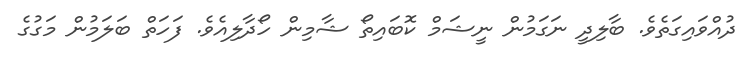
ދުއްވައިގަަތެވެ. ބާލިދީ ނަގަމުން ނީޝަމް ކޮބައިތޯ ޝާމިން ހޯދާލިއެވެ. ފަހަތް ބަލަމުން މަގުގެ